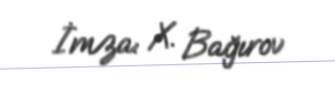
İmza: X. Bağırov